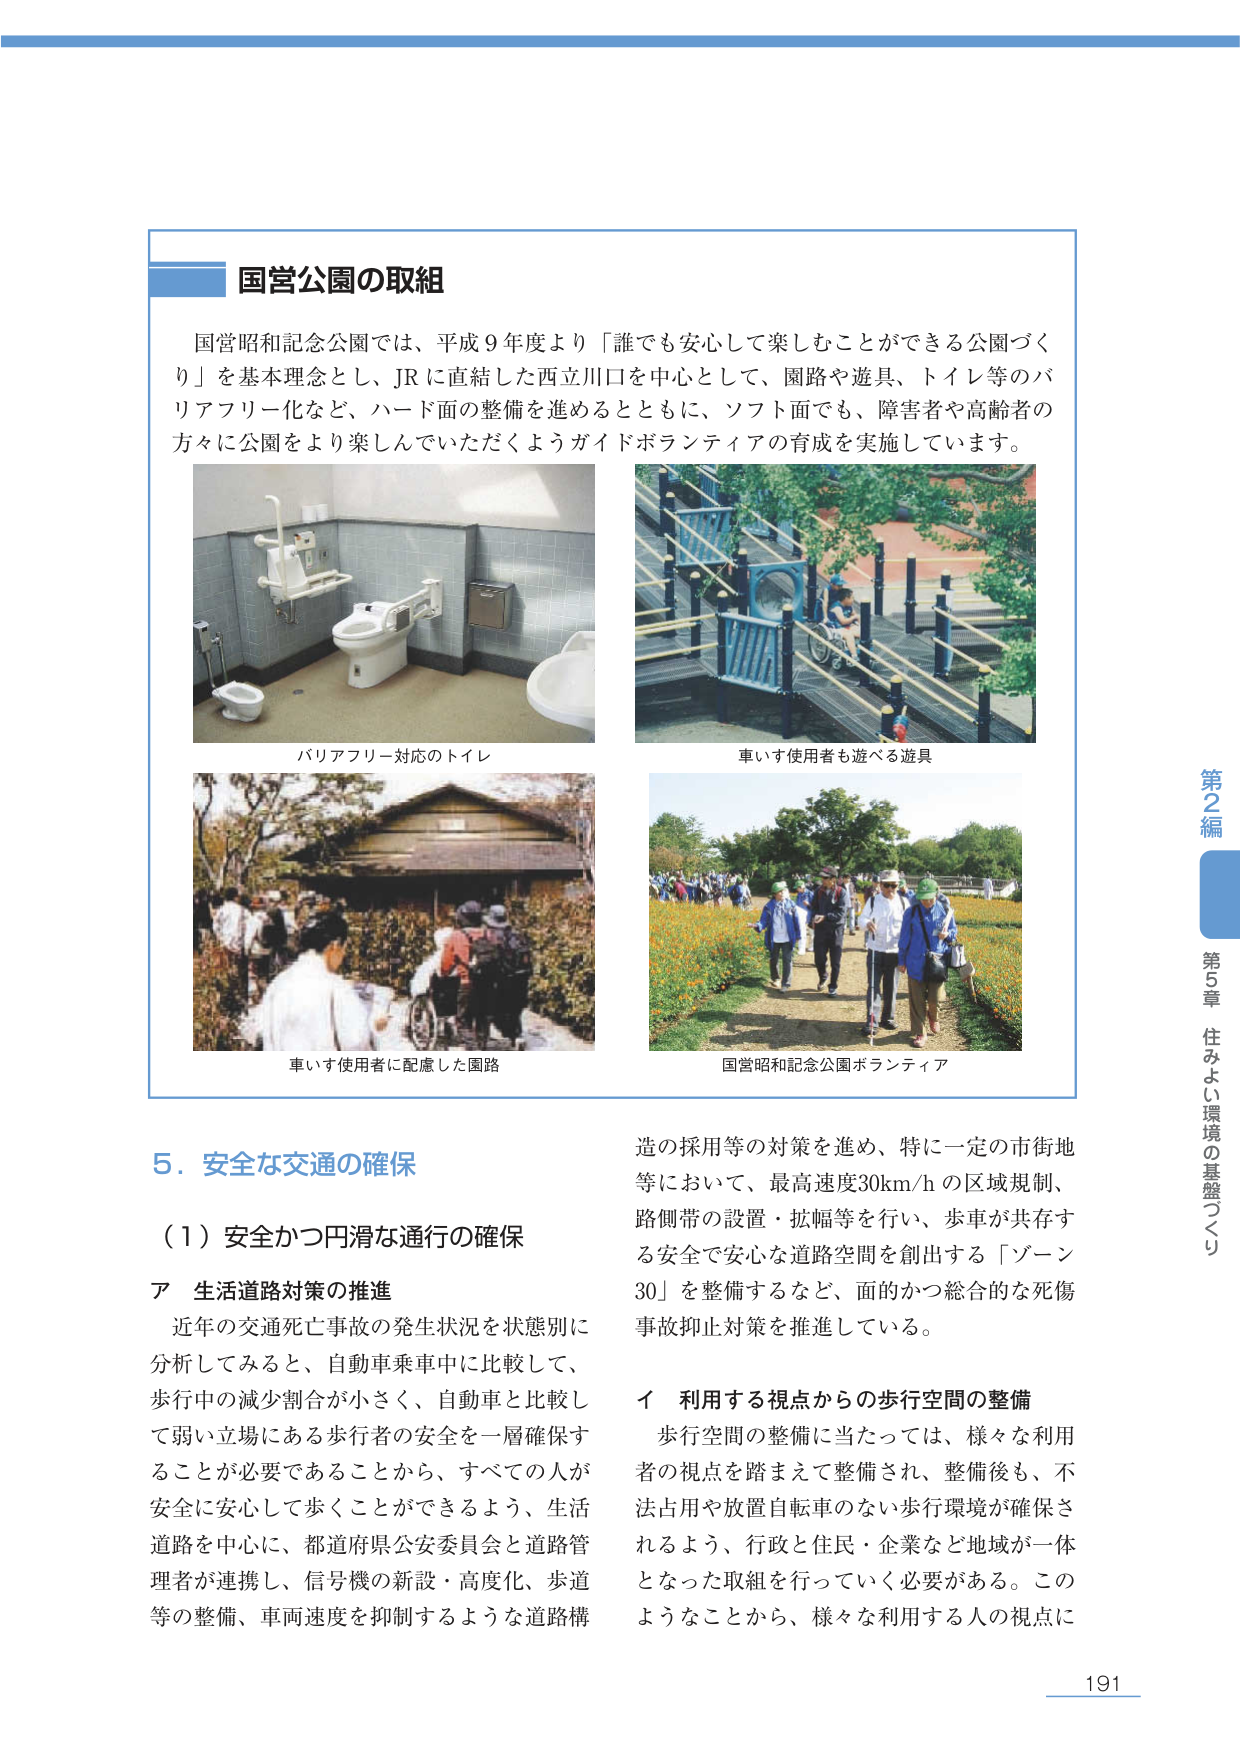
国営公園の取組

国営昭和記念公園では、平成９年度より「誰でも安心して楽しむことができる公園づくり」を基本理念とし、JRに直結した西立川口を中心として、園路や遊具、トイレ等のバリアフリー化など、ハード面の整備を進めるとともに、ソフト面でも、障害者や高齢者の方々に公園をより楽しんでいただくようガイドボランティアの育成を実施しています。

バリアフリー対応のトイレ
車いす使用者も遊べる遊具
車いす使用者に配慮した園路
国営昭和記念公園ボランティア

5．安全な交通の確保

（1）安全かつ円滑な通行の確保

ア 生活道路対策の推進
近年の交通死亡事故の発生状況を状態別に分析してみると、自動車乗車中に比較して、歩行中の減少割合が小さく、自動車と比較して弱い立場にある歩行者の安全を一層確保することが必要であることから、すべての人が安全に安心して歩くことができるよう、生活道路を中心に、都道府県公安委員会と道路管理者が連携し、信号機の新設・高度化、歩道等の整備、車両速度を抑制するような道路構造の採用等の対策を進め、特に一定の市街地等において、最高速度30km/hの区域規制、路側帯の設置・拡幅等を行い、歩車が共存する安全で安心な道路空間を創出する「ゾーン30」を整備するなど、面的かつ総合的な死傷事故抑止対策を推進している。

イ 利用する視点からの歩行空間の整備
歩行空間の整備に当たっては、様々な利用者の視点を踏まえて整備され、整備後も、不法占用や放置自転車のない歩行環境が確保されるよう、行政と住民・企業など地域が一体となった取組を行っていく必要がある。このようなことから、様々な利用する人の視点に

第2編
第5章 住みよい環境の基盤づくり

191